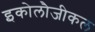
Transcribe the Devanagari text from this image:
इकोलौजीकल